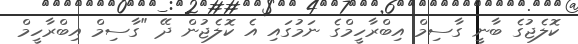
ކޮލެޖުގެ ބާނީ ގާސިމް އިބްރާހީމްގެ ނަމުގައި އެ ކޮލެޖުން ދޭ "ގާސިމް އިބްރާހީމް